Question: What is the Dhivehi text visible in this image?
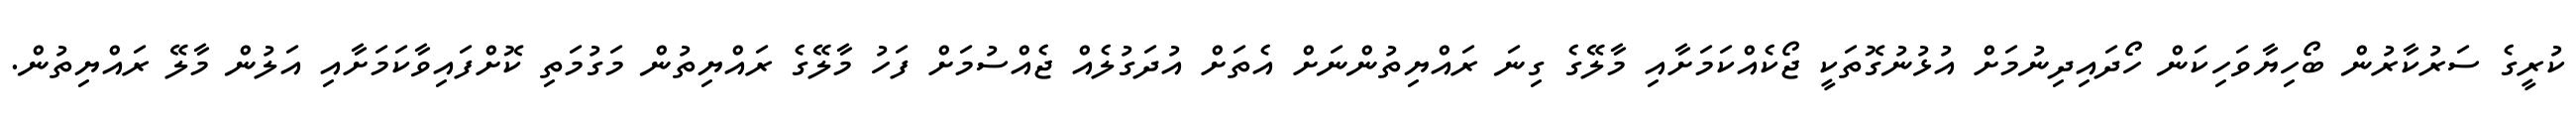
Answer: ކުރީގެ ސަރުކާރުން ބޯހިޔާވަހިކަން ހޯދައިދިނުމަށް އުޅުނުގޮތަކީ ޖޯކެއްކަމަށާއި މާލޭގެ ގިނަ ރައްޔިތުންނަށް އެތަށް އުދަގުލެއް ޖެއްސުމަށް ފަހު މާލޭގެ ރައްޔިތުން މަގުމަތި ކޮށްފައިވާކަމަށާއި އަލުން މާލޭ ރައްޔިތުން.